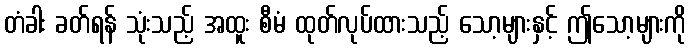
တံခါး ခတ်ရန် သုံးသည့် အထူး စီမံ ထုတ်လုပ်ထားသည့် သော့များနှင့် ဤသော့များကို